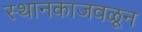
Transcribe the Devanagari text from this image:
स्थानकाजवळून